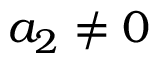
a _ { 2 } \neq 0